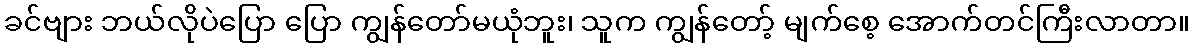
ခင်ဗျား ဘယ်လိုပဲပြော ပြော ကျွန်တော်မယုံဘူး၊ သူက ကျွန်တော့် မျက်စေ့ အောက်တင်ကြီးလာတာ။